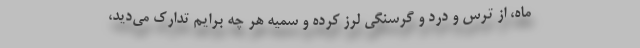
ماه، از ترس و درد و گرسنگی لرز کرده و سمیه هر چه برایم تدارک می‌دید،